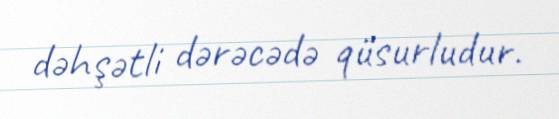
dəhşətli dərəcədə qüsurludur.